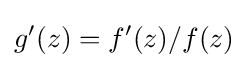
g'(z)=f'(z)/f(z)